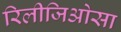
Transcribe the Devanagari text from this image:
रिलीजिओसा